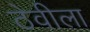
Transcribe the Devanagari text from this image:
ठेवीला